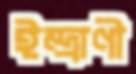
ইন্দ্রাণী